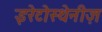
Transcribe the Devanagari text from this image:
इरेटोस्थेनीज़